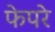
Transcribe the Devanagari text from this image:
फेपरे